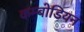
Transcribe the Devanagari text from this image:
कम्बोडियन